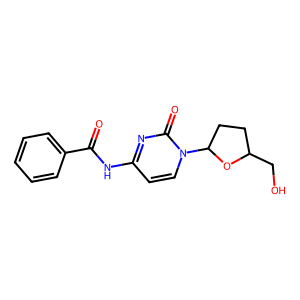
SMILES: O=C(Nc1ccn(C2CCC(CO)O2)c(=O)n1)c1ccccc1
Inhibits HIV replication: Yes